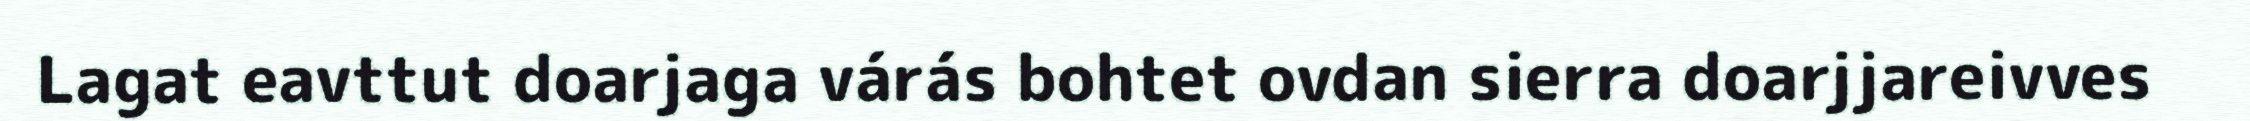
Lagat eavttut doarjaga várás bohtet ovdan sierra doarjjareivves